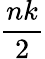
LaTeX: \frac{nk}{2}